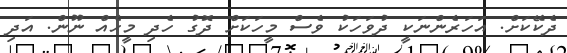
ދެކޭކަށް. އަހަރެންނަކީ ދުވަހަކު ވެސް މީހަކަށް ދޮގު ހެދި މީހެއް ނޫން. އަދި